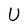
Character: U